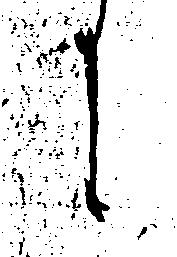
に